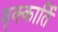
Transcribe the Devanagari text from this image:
वृक्कार्ति